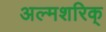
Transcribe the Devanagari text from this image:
अल्मशरिक्